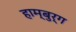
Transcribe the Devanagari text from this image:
हाम्बुर्ग